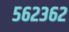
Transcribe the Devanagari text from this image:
५६२३६२